Report of the Bombay Plague Committee
Disease focus: Plague
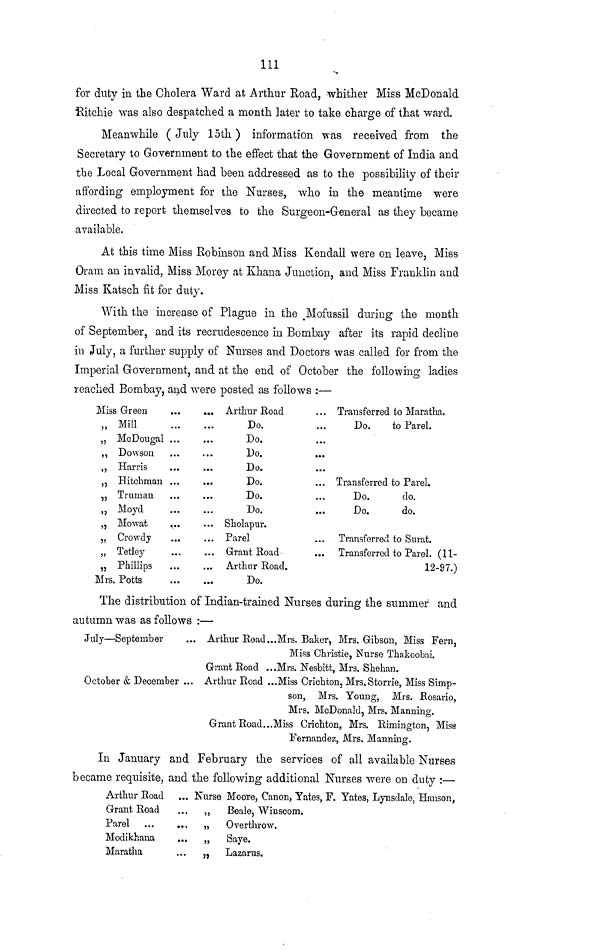
111
for duty in the Cholera Ward at Arthur Road, whither Miss McDonald
Ritchie was also despatched a month later to take charge of that ward.
Meanwhile ( July 15th ) information was received from the
Secretary to Government to the effect that the Government of India and
the Local Government had been addressed as to the possibility of their
affording employment for the Nurses, who in the meantime were
directed to report themselves to the Surgeon-General as they became
available.
At this time Miss Robinson and Miss Kendall were on leave, Miss
Oram an invalid, Miss Morey at Khana Junction, and Miss Franklin and
Miss Katsch fit for duty.
With the increase of Plague in the Mofussil during the month
of September, and its recrudescence in Bombay after its rapid decline
in July, a further supply of Nurses and Doctors was called for from the
Imperial Government, and at the end of October the following ladies
reached Bombay, and were posted as follows :—
Miss Green
„ Mill
„ McDougal ...
„ Dowson
,, Harris
„ Hitchman ...
„ Truman
„ Moyd
„ Mowat
...
„ Crowdy
„ Tetley
„ Phillips
Mrs. Potts
... Arthur Road
Do.
Do.
Do.
Do.
Do.
Do.
Do.
... Sholapur.
... Parel
... Grant Road.
Arthur Road.
Do.
... Transferred to Maratha.
Do.
to Parel.
...
...
...
Transferred to Parel.
Do.
do.
Do.
do.
Transferred to Surat.
Transferred to Parel. (11-
12-97.)
The distribution of Indian-trained Nurses during the summer and
autumn was as follows :—
July—September
... Arthur Road...Mrs. Baker, Mrs. Gibson, Miss Fern,
Miss Christie, Nurse Thakoobai.
Grant Road ...Mrs. Nesbitt, Mrs. Shehan.
October & December ... Arthur Road ...Miss Crichton, Mrs.Storrie, Miss Simp-
son, Mrs. Young, Mrs. Rosario,
Mrs. McDonald, Mrs. Manning.
Grant Road...Miss Crichton, Mrs. Rimington, Misa
Fernandez, Mrs. Manning.
In January and February the services of all available Nurses
became requisite, and the following additional Nurses were on duty :—
Arthur Road ... Nurse Moore, Canon, Yates, F. Yates, Lynsdale, Hanson,
Grant Road
...
„
Beale, Winscom.
Parel ...
...
„ Overthrow.
Modikhana
...
„ Saye.
Maratha
... „
Lazarus.